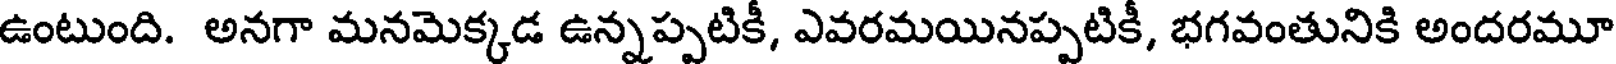
ఉంటుంది. అనగా మనమెక్కడ ఉన్నప్పటికీ, ఎవరమయినప్పటికీ, భగవంతునికి అందరమూ